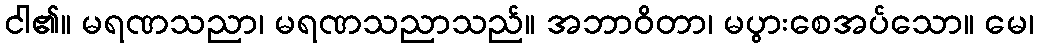
ငါ၏။ မရဏသညာ၊ မရဏသညာသည်။ အဘာဝိတာ၊ မပွားစေအပ်သော။ မေ၊